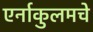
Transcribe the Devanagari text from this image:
एर्नाकुलमचे